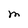
Character: M